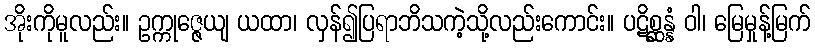
အိုးကိုမူလည်း။ ဥက္ကုဇ္ဇေယျ ယထာ၊ လှန်၍ပြရာဘိသကဲ့သို့လည်းကောင်း။ ပဋိစ္ဆန္နံ ဝါ၊ မြေမှုန့်မြက်